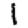
Digit: 1